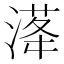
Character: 𣺛